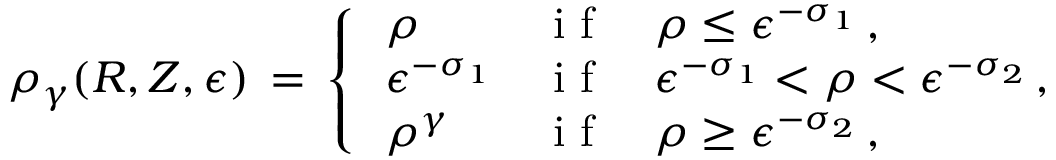
\rho _ { \gamma } ( R , Z , \epsilon ) \, = \, \left\{ \begin{array} { l l } { \, \rho } & { \mathrm { ~ i ~ f ~ } \quad \rho \le \epsilon ^ { - \sigma _ { 1 } } \, , } \\ { \, \epsilon ^ { - \sigma _ { 1 } } } & { \mathrm { ~ i ~ f ~ } \quad \epsilon ^ { - \sigma _ { 1 } } < \rho < \epsilon ^ { - \sigma _ { 2 } } \, , } \\ { \, \rho ^ { \gamma } } & { \mathrm { ~ i ~ f ~ } \quad \rho \ge \epsilon ^ { - \sigma _ { 2 } } \, , } \end{array} \right.